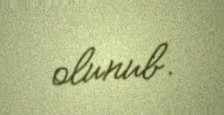
olunub.